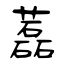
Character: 藞